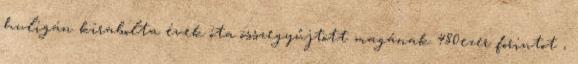
huligán kirabolta évek óta összegyűjtött magának 480ezer forintot ,